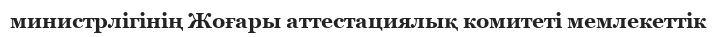
министрлігінің Жоғары аттестациялық комитеті мемлекеттік